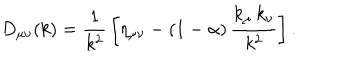
LaTeX: D _ { \mu \nu } ( k ) = { \frac { 1 } { k ^ { 2 } } } \left[ \eta _ { \mu \nu } - \left( 1 - \alpha \right) { \frac { k _ { \mu } \, k _ { \nu } } { k ^ { 2 } } } \right] .